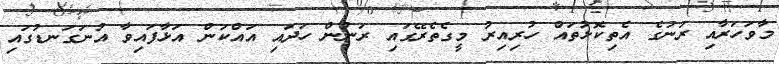
މާވަހަރާއި ރަނުގެ އެތިކޮޅުތައް ހުރިއިރު މީގެތެރޭގައި ރަނުން ހަދައި އައްކަން އަޅާފައިވާ އުނަގަނޑުގައި